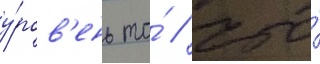
у́ров'ень то́ / что́